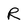
Character: R